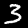
Digit: 3